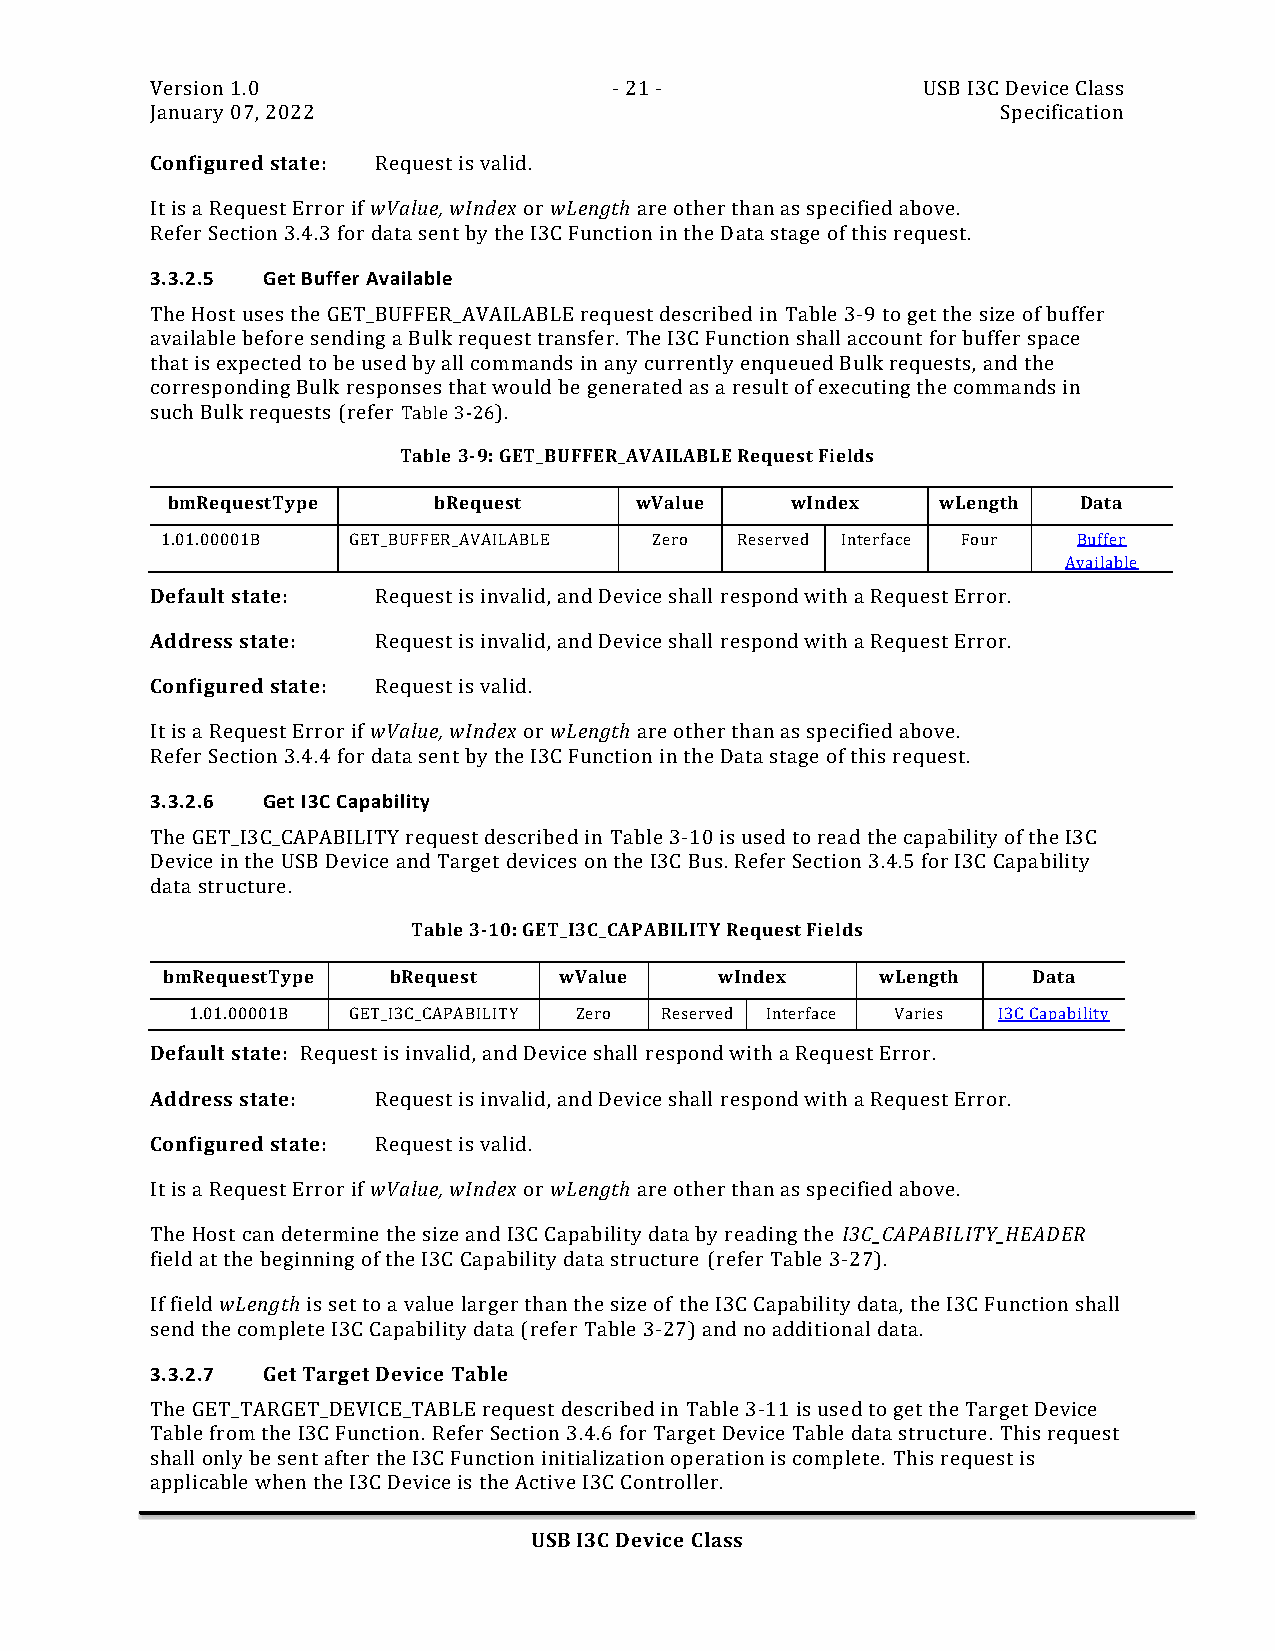
Version 1.0                    - 21 -              USB I3C Device Class
 January 07, 2022                                        Specification
 Configured state: Request is valid.
 It is a Request Error if wValue, wIndex or wLength are other than as specified above.
 Refer Section 3.4.3 for data sent by the I3C Function in the Data stage of this request.
 3.3.2.5 Get Buffer Available
 The Host uses the GET_BUFFER_AVAILABLE request described in Table 3-9 to get the size of buffer
 available before sending a Bulk request transfer. The I3C Function shall account for buffer space
 that is expected to be used by all commands in any currently enqueued Bulk requests, and the
 corresponding Bulk responses that would be generated as a result of executing the commands in
 such Bulk requests (refer Table 3-26).
 Table 3-9: GET_BUFFER_AVAILABLE Request Fields
 bmRequestType     bRequest     wValue    wIndex    wLength   Data
 1.01.00001B GET_BUFFER_AVAILABLE Zero Reserved Interface Four Buffer
 Available
 Default state: Request is invalid, and Device shall respond with a Request Error.
 Address state: Request is invalid, and Device shall respond with a Request Error.
 Configured state: Request is valid.
 It is a Request Error if wValue, wIndex or wLength are other than as specified above.
 Refer Section 3.4.4 for data sent by the I3C Function in the Data stage of this request.
 3.3.2.6 Get I3C Capability
 The GET_I3C_CAPABILITY request described in Table 3-10 is used to read the capability of the I3C
 Device in the USB Device and Target devices on the I3C Bus. Refer Section 3.4.5 for I3C Capability
 data structure.
 Table 3-10: GET_I3C_CAPABILITY Request Fields
 bmRequestType  bRequest   wValue     wIndex    wLength   Data
 1.01.00001B GET_I3C_CAPABILITY Zero Reserved Interface Varies I3C Capability
 Default state: Request is invalid, and Device shall respond with a Request Error.
 Address state: Request is invalid, and Device shall respond with a Request Error.
 Configured state: Request is valid.
 It is a Request Error if wValue, wIndex or wLength are other than as specified above.
 The Host can determine the size and I3C Capability data by reading the I3C_CAPABILITY_HEADER
 field at the beginning of the I3C Capability data structure (refer Table 3-27).
 If field wLength is set to a value larger than the size of the I3C Capability data, the I3C Function shall
 send the complete I3C Capability data (refer Table 3-27) and no additional data.
 3.3.2.7 Get Target Device Table
 The GET_TARGET_DEVICE_TABLE request described in Table 3-11 is used to get the Target Device
 Table from the I3C Function. Refer Section 3.4.6 for Target Device Table data structure. This request
 shall only be sent after the I3C Function initialization operation is complete. This request is
 applicable when the I3C Device is the Active I3C Controller.
 USB I3C Device Class